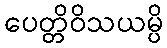
ပေတ္တိဝိသယမ္ပိ